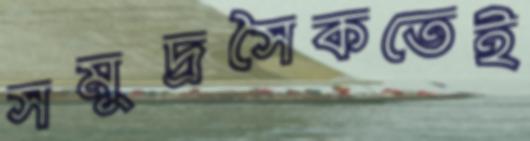
সমুদ্রসৈকতেই